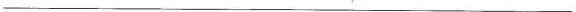
___